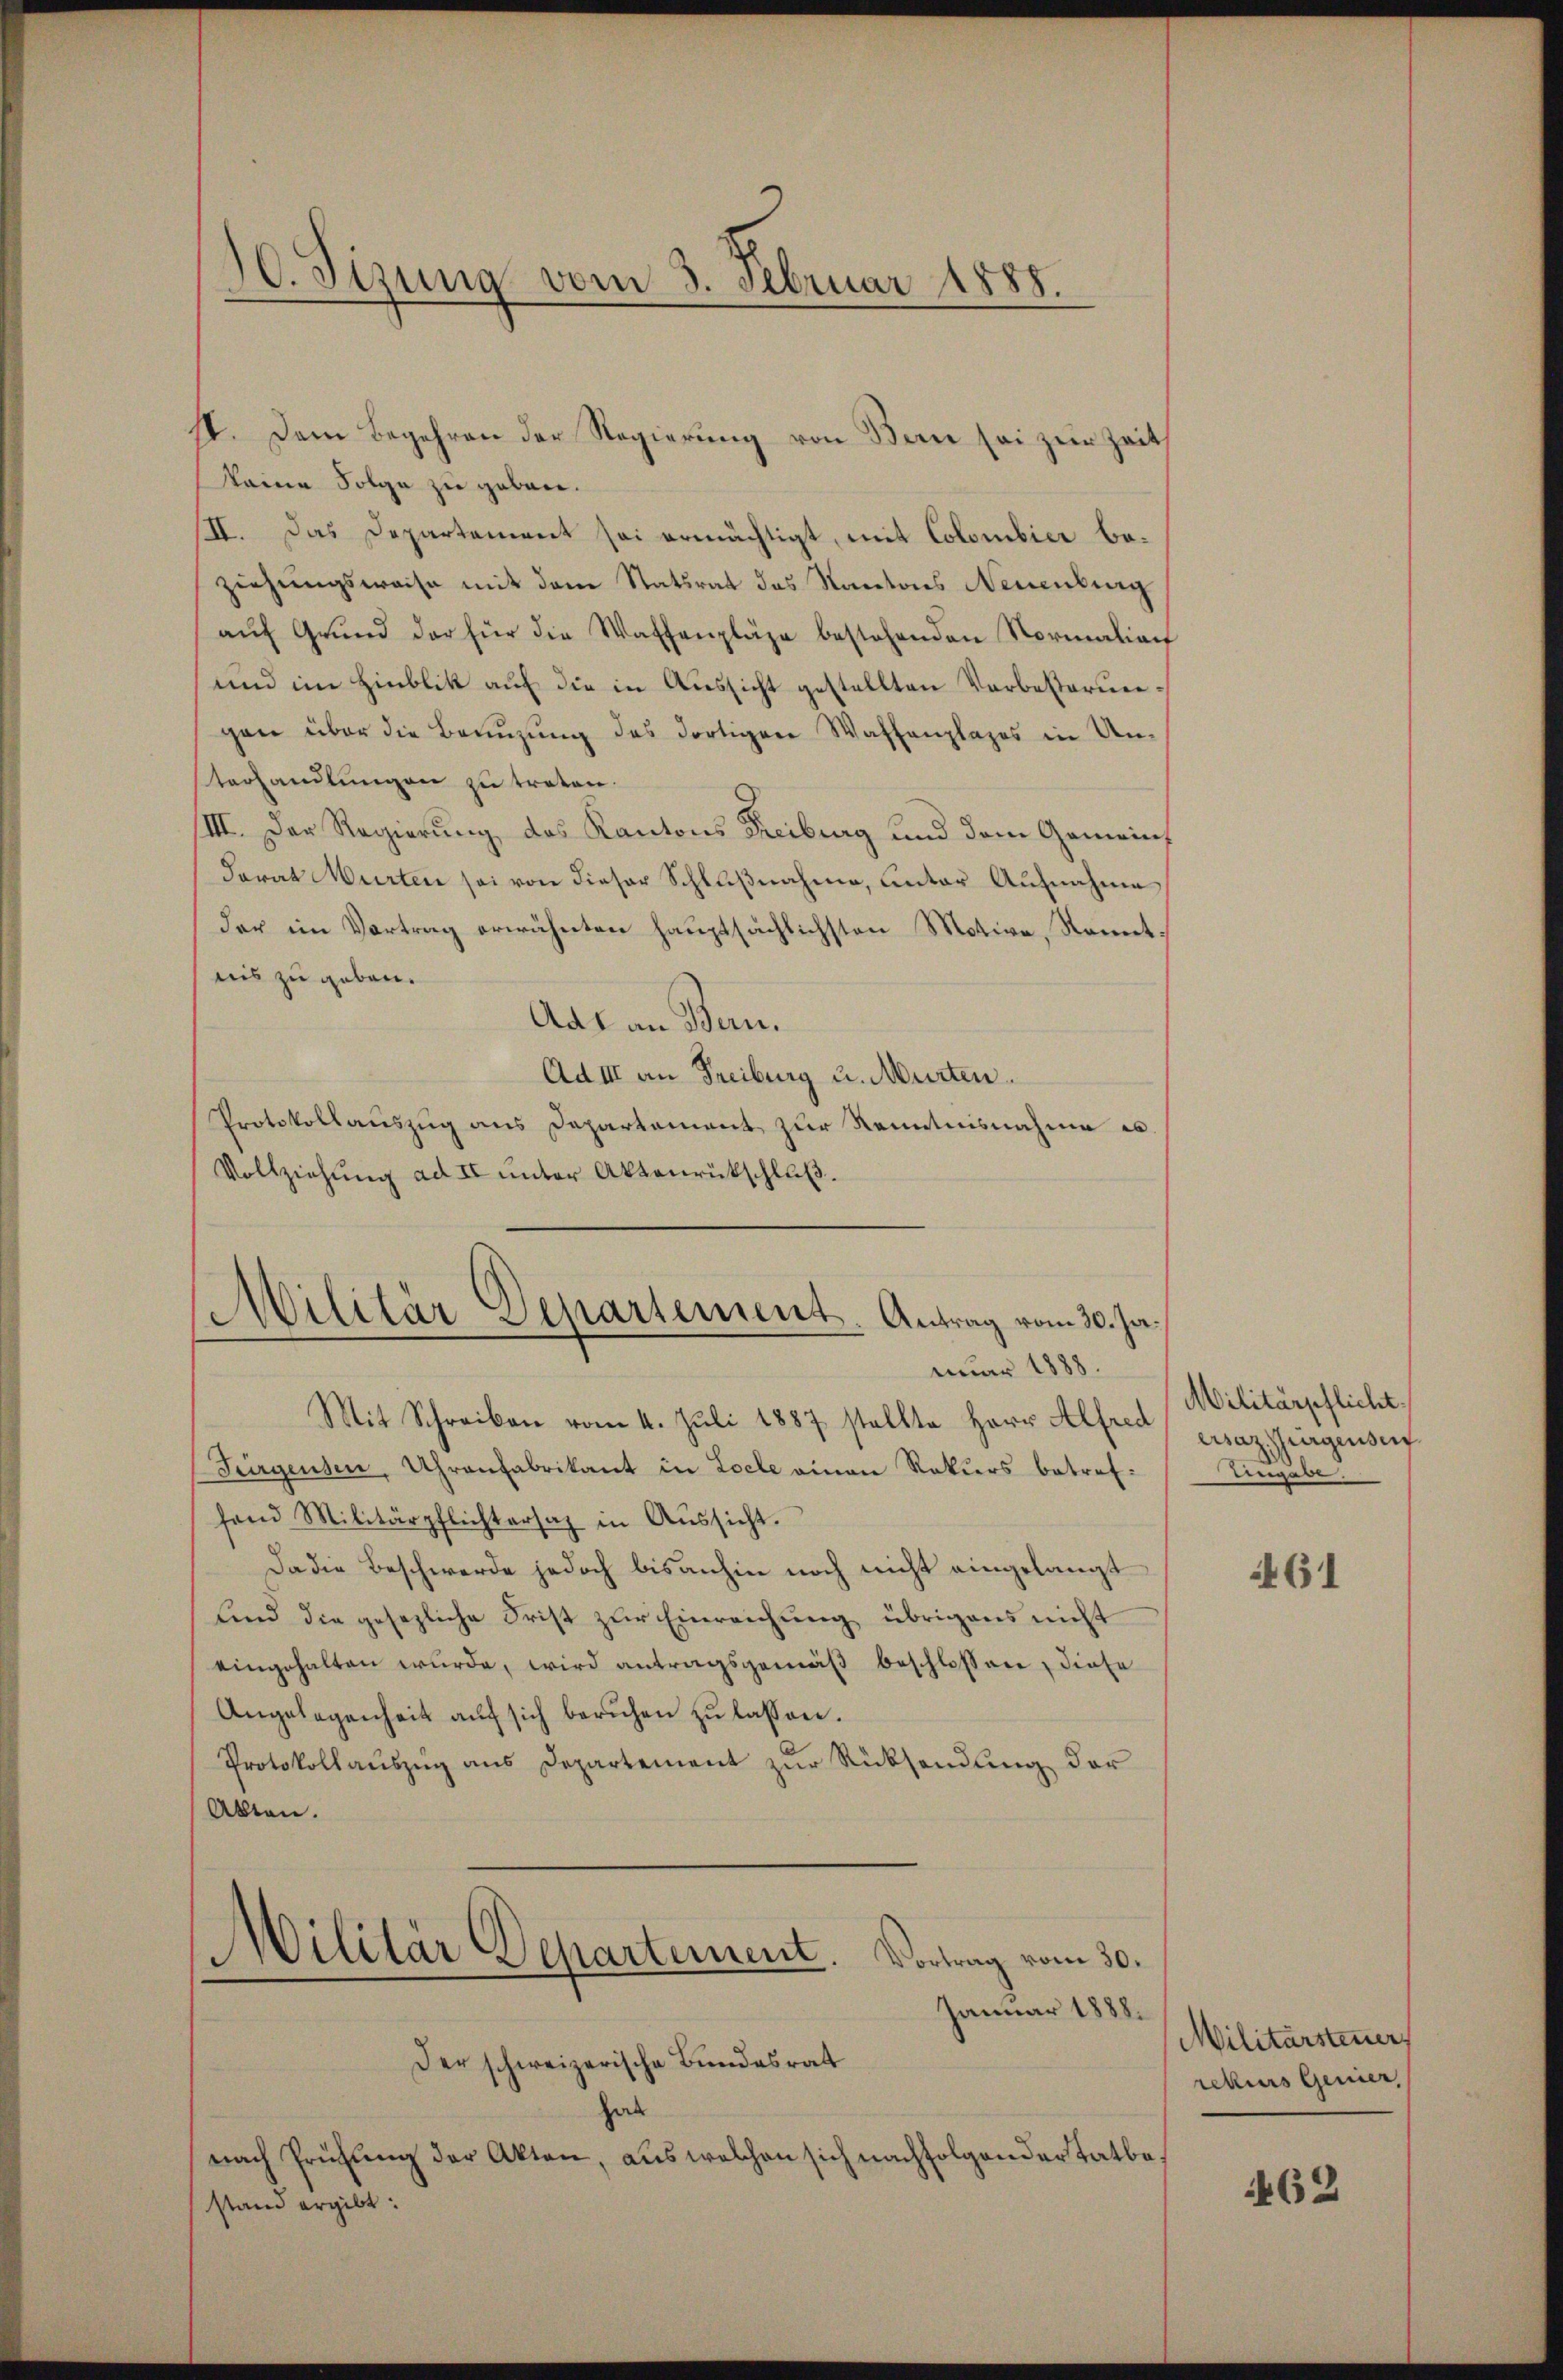
18. Dem Begehren der Regierŭng von Bern sei zur Zeit
keine Folge zu geben.
III. Das Departement sei ermächtigt, mit Colombier beziehungsweise mit dem Statsrat das Kantons Neuenburg
aŭf Grŭnd der für die Waffenpläge bestehenden Normalian
und im Hinblik auf die in Aussicht gestellten Verbesterungen über die Benuzung des dortigen Waffenplazes in Unterhandlungen zu treten.
III. Der Regierung des Kantons Freiburg und dem Gemein¬
Farat Murten sei von dieser Schlußnahme, unter Aufnahme
der ein Vortrag erwähnten hauptsächlichsten Motive, Sonnet.
nis zu geben.
Adl an Bern.
Ad III an Freiburg u. Murten.
Protokollauszug aus Departement zur Kenntnisnahme in
Vollziehung ad II unter Aktenrückschluß.

C. Sizung vom 3. Februar 1888.

Mit Schreiben vom 4. Juli 1887 stellte Herr Alfred csaz irgenseit
Fürgensen, Uhrenfabrikant in Loche einen Rekurs betref-
fand Militärpflichtersah in Aŭssicht.
Da die Beschwerde jedoch bisanhin noch nicht eingelangt
sind die gesezliche Frist zur Einreichung übrigens nicht
eingehalten wŭrde, wird antragsgemäβ beschlossen, diese
Angelegenheit aŭf sich beruhen zŭ lassen.
Protokollauszug aus Departement zur Rücksendung der
Alten.
Militär Departement
Vortrag vom 30.

Militärdepartement. Antrag vom 30. Ja.
nuar 1888.

Januar 1888.
Der schweizerische Bundesrat
hab
nach Prüfung der Akten, aus welchen sich nachfolgender Tatbestand ergibt:

Militärpflicht.
Angabe.

461

Militärsteuer
rekurs Genier

462